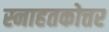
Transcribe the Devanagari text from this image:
स्नाहतकोत्तर